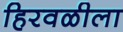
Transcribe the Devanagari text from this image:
हिरवळीला